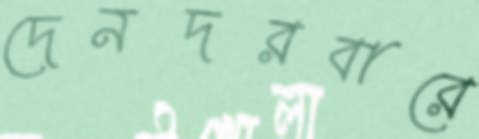
দেনদরবারে